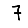
Digit: 7